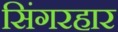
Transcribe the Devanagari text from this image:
सिंगरहार